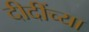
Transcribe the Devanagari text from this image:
दीदींच्या